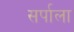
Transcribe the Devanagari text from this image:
सर्पाला